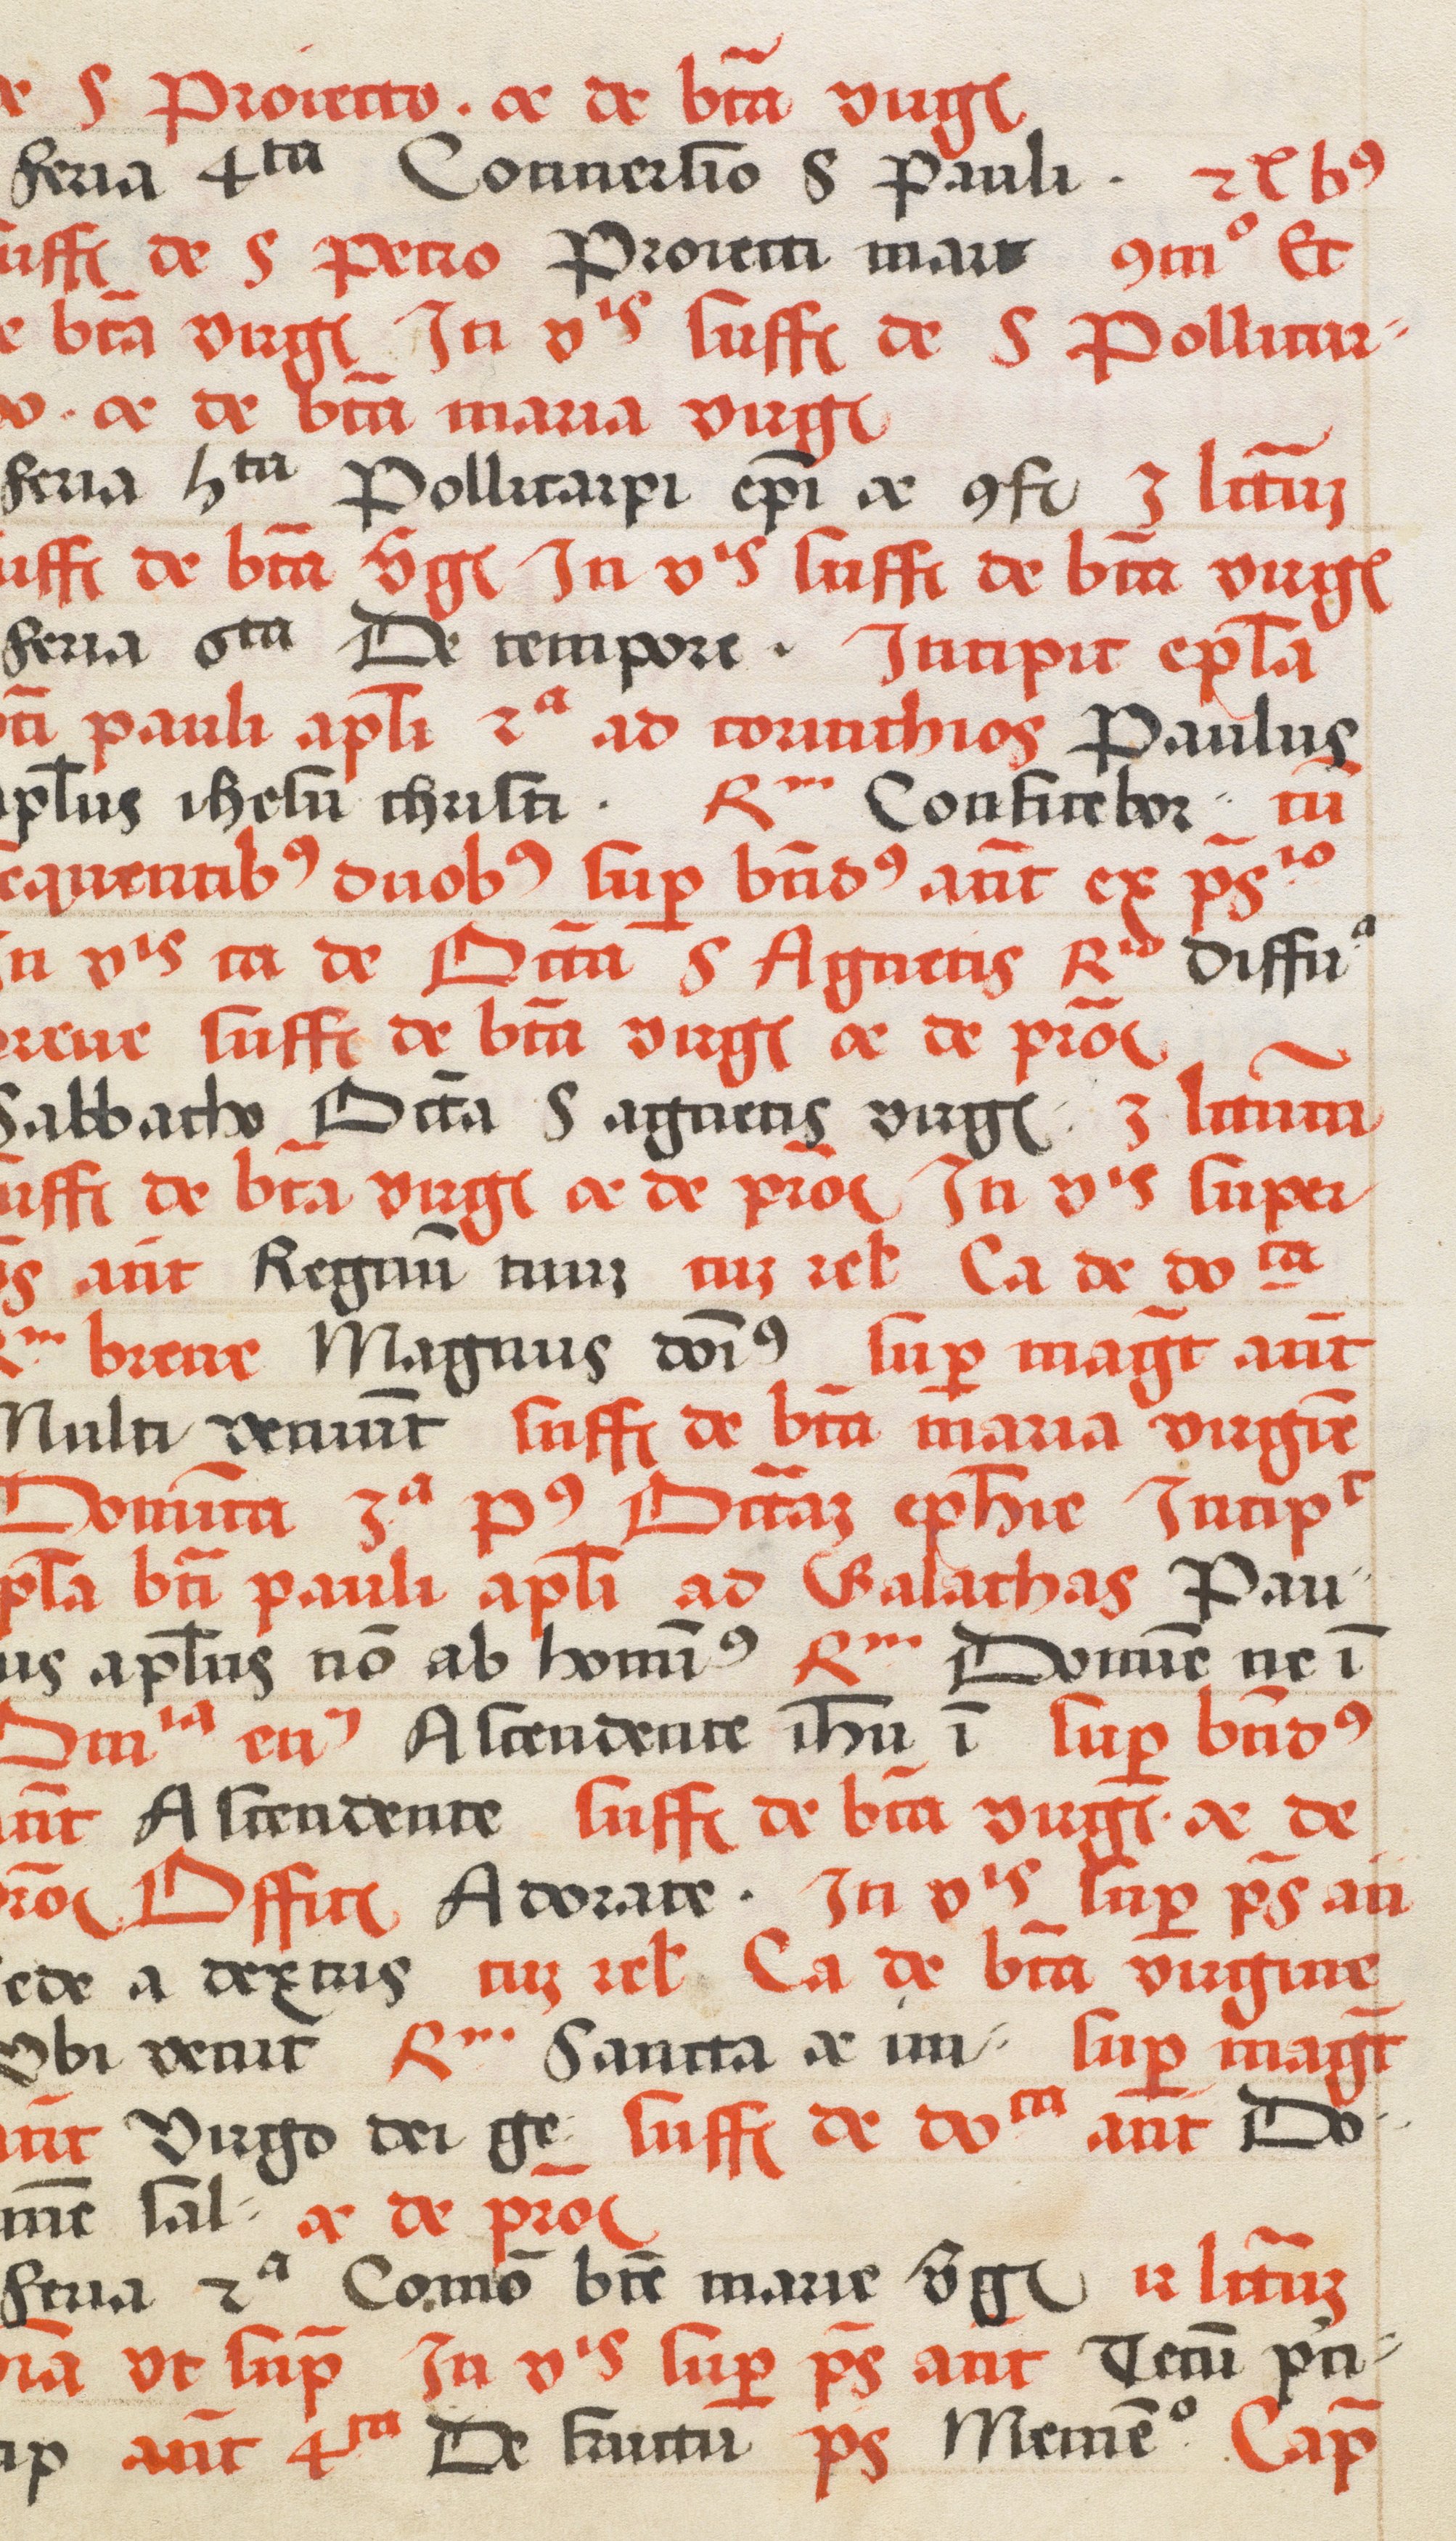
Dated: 1520–1520